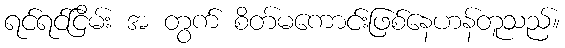
ရင်ရင်ငြိမ်း အ တွက် စိတ်မကောင်းဖြစ်နေဟန်တူသည်။